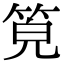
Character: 𥭨